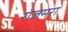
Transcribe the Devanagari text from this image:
रोजमरा